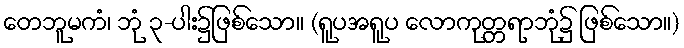
တေဘူမကံ၊ ဘုံ ၃-ပါး၌ဖြစ်သော။ (ရူပအရူပ လောကုတ္တရာဘုံ၌ ဖြစ်သော။)